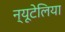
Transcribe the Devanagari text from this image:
न्यूटेलिया